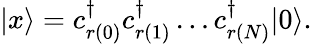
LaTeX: |x\rangle=c_{r(0)}^{\dagger}c_{r(1)}^{\dagger}\ldots c_{r(N)}^{\dagger}|0\rangle.